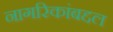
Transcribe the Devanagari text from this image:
नागरिकांबद्दल